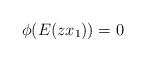
LaTeX: \begin{align*}\phi(E(zx_1))=0\end{align*}